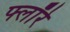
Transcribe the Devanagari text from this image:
फ्लॉरे